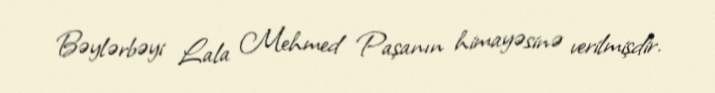
Bəylərbəyi Lala Mehmed Paşanın himayəsinə verilmişdir.